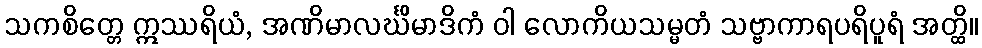
သကစိတ္တေ ဣဿရိယံ, အဏိမာလင်္ဃိမာဒိကံ ဝါ လောကိယသမ္မတံ သဗ္ဗာကာရပရိပူရံ အတ္ထိ။